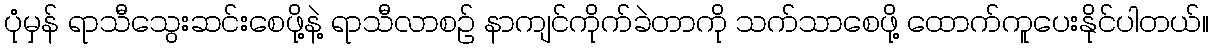
ပုံမှန် ရာသီသွေးဆင်းစေဖို့နဲ့ ရာသီလာစဉ် နာကျင်ကိုက်ခဲတာကို သက်သာစေဖို့ ထောက်ကူပေးနိုင်ပါတယ်။